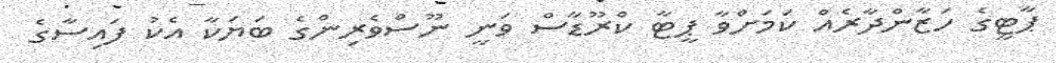
ޕާޓީގެ ހަޒާންދާރެއް ކަމަށްވާ ޕީޓާ ކްރޫޑާސް ވަނީ ނޫސްވެރިންގެ ބަޔަކާ އެކު ފައިސާގެ